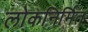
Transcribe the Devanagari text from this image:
लोकनिर्मित